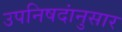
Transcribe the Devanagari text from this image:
उपनिषदांनुसार